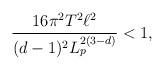
LaTeX: \begin{align*}\frac{16 \pi^2 T^2 \ell^2}{(d-1)^2 L_p^{2(3-d)}} < 1,\end{align*}